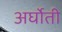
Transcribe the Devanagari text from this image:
अर्घोती